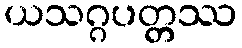
ယသဂ္ဂပတ္တဿ